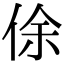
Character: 俆